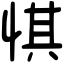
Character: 㥍